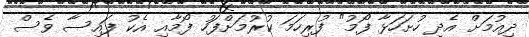
ދިއުމަށް އެދި ހުށަހަޅާ ފޯމު" ފުރިހަމަ ކުރުމަށްފަހު ފޯމާއި އެކު ފައިސާ ވެސް